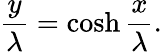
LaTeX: \frac{y}{\lambda}=\cosh\frac{x}{\lambda}.